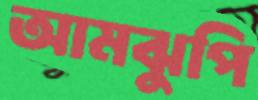
আমঝুপি